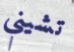
تشيني